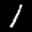
Label: 1